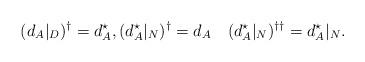
LaTeX: \begin{align*}(d_A\vert_D)^\dagger = d_A^\star ,(d_A^\star\vert_N)^\dagger = d_A\quad(d^\star_A\vert_N)^{\dagger\dagger} = d^\star_A\vert_N.\end{align*}